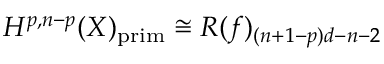
H ^ { p , n - p } ( X ) _ { \mathrm { p r i m } } \cong R ( f ) _ { ( n + 1 - p ) d - n - 2 }